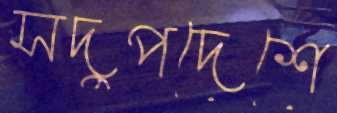
সদুপদেশে